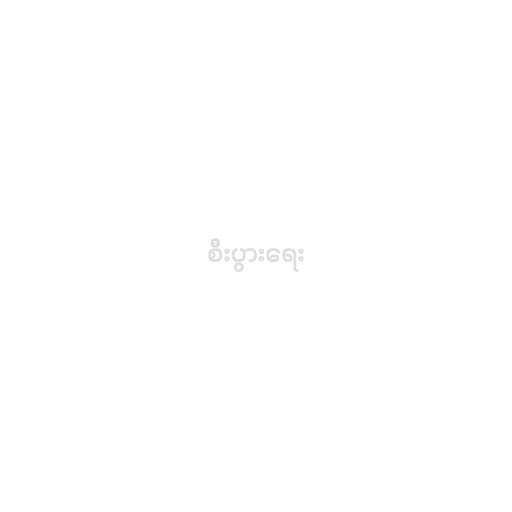
စီးပွားရေး